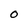
Character: O